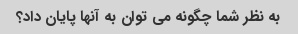
به نظر شما چگونه می توان به آنها پایان داد؟